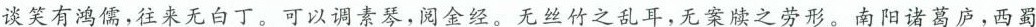
谈笑有鸿儒，往来无白丁。可以调素琴，阅金经。无丝竹之乱耳，无案牍之劳形。南阳诸葛庐，西蜀